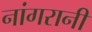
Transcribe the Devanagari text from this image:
नांगरानी